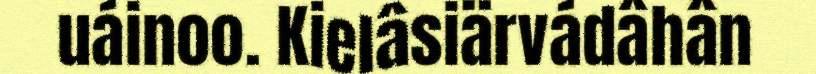
uáinoo. Kielâsiärvádâhân